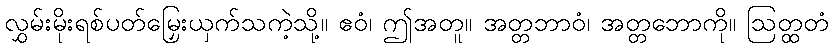
လွှမ်းမိုးရစ်ပတ်မြှေးယှက်သကဲ့သို့။ ဧဝံ၊ ဤအတူ။ အတ္တဘာဝံ၊ အတ္တဘောကို။ ဩတ္ထတံ